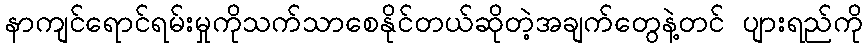
နာကျင်ရောင်ရမ်းမှုကိုသက်သာစေနိုင်တယ်ဆိုတဲ့အချက်တွေနဲ့တင် ပျားရည်ကို